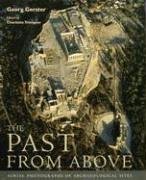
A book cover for The Past From Above: Aerial Photographs of Archaeological Sites; Arts & Photography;